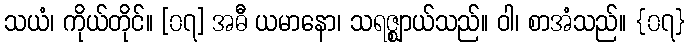
သယံ၊ ကိုယ်တိုင်။ [၀၇] အဓီ ယမာနော၊ သရဇ္ဈာယ်သည်။ ဝါ၊ စာအံသည်။ {၀၇}